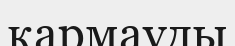
қармауды